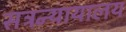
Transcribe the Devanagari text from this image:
सत्रन्यायालय